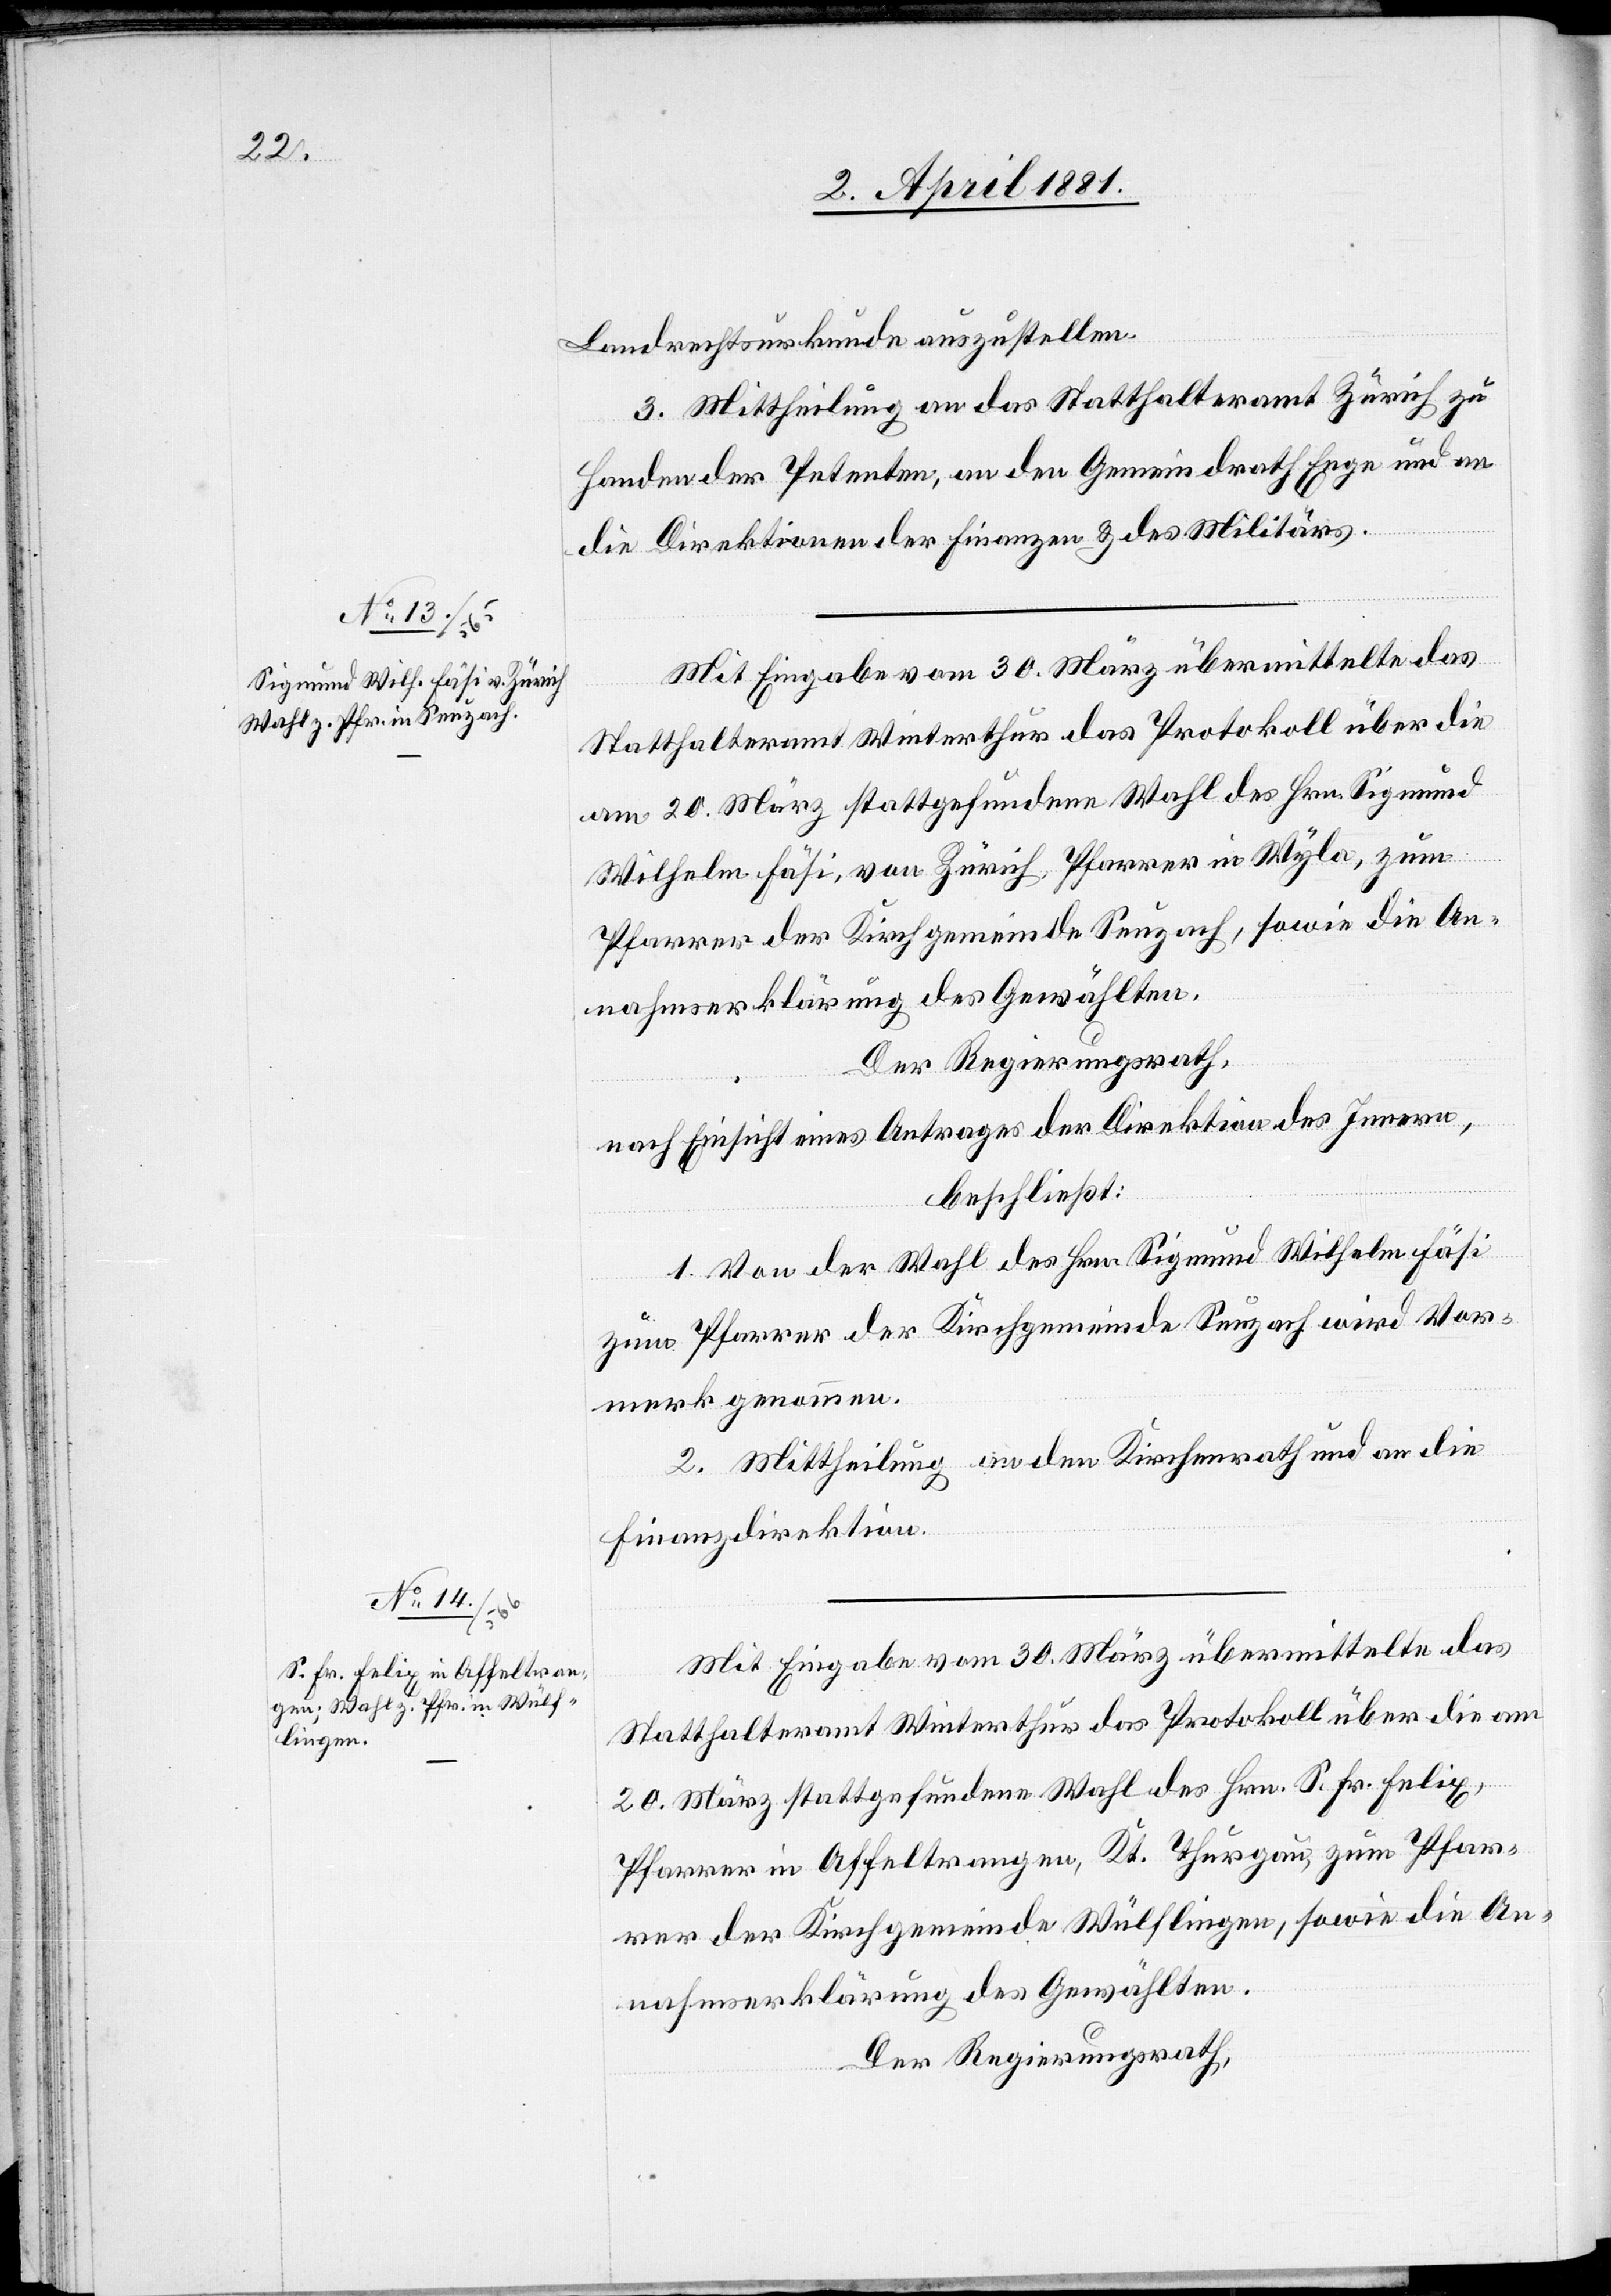
Landrechtsurkunde auszustellen.
3. Mittheilung an das Statthalteramt Zürich zu
Handen der Petenten, an den Gemeindrath Enge und an
die Direktionen der Finanzen & des Militärs.
Mit Eingabe vom 30. März übermittelte das
Statthalteramt Winterthur das Protokoll über die
am 20. März stattgefundene Wahl des Hrn. Sigmund
Wilhelm Fäsi, von Zürich, Pfarrer in Wyla, zum
Pfarrer der Kirchgemeinde Seuzach, sowie die An¬
nahmserklärung des Gewählten.
Der Regierungsrath,
nach Einsicht eines Antrages der Direktion des Innern,
beschließt:
1. Von der Wahl des Hrn. Sigmund Wilhelm Fäsi
zum Pfarrer der Kirchgemeinde Seuzach wird Vor¬
merk genommen.
2. Mittheilung an den Kirchenrath und an die
Finanzdirektion.
Mit Eingabe vom 30. März übermittelte das
Statthalteramt Winterthur das Protokoll über die am
20. März stattgefundene Wahl des Hrn. S. Fr. Felix,
Pfarrer in Affeltrangen, Kt. Thurgau, zum Pfar¬
rer der Kirchgemeinde Wülflingen, sowie die An¬
nahmserklärung des Gewählten.
Der Regierungsrath,